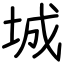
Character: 城